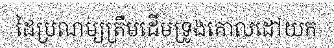
ដៃប្រណម្យត្រឹមដើមទ្រូងគោលដៅយក